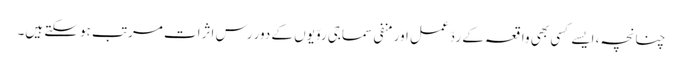
چنانچہ، ایسے کسی بھی واقعہ کے ردّعمل اور منفی سماجی روّیوں کے دور رس اثرات مرتب ہوسکتے ہیں۔